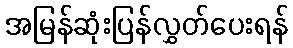
အမြန်ဆုံးပြန်လွှတ်ပေးရန်